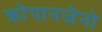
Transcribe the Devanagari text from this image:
क्रोपानजेनो